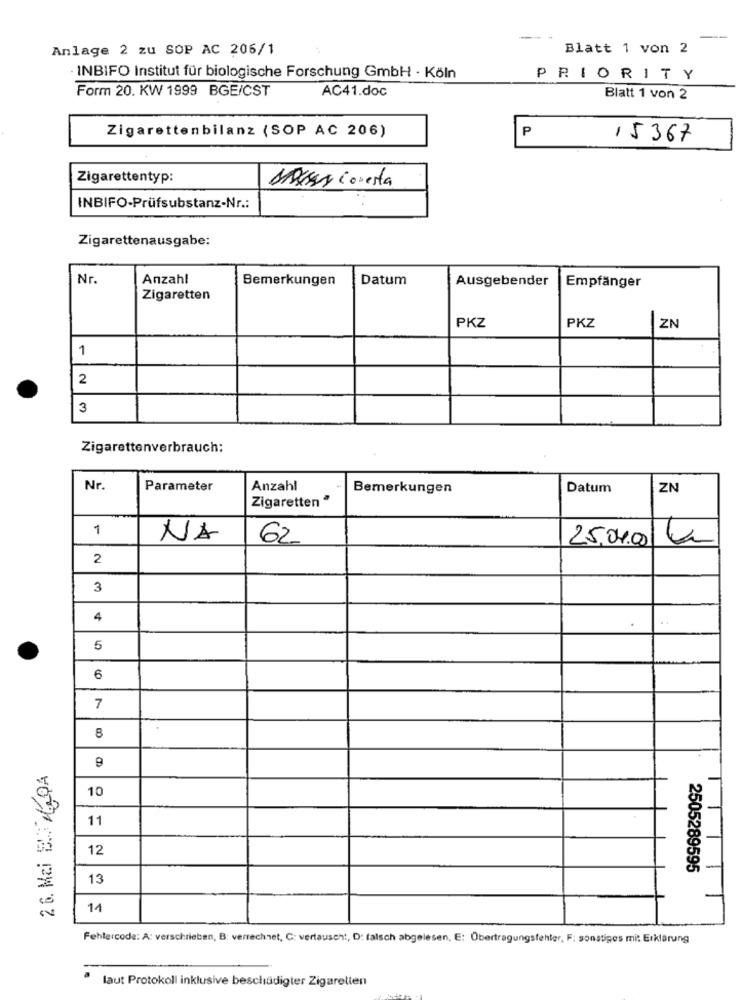
Anlage 2 zu SOP AC 206/1
Blatt 1 von 2
INBIFO Institut für biologische Forschung GmbH · Köln
PRIORITY
Form 20. KW 1999 BGE/CST
AC41.doc
Blatt 1 von 2
Zigarettenbilanz (SOP AC 206)
P
15367
Zigarettentyp:
MASsary Conesta
INBIFO-Prüfsubstanz-Nr .:
Zigarettenausgabe:
Nr.
Anzahl
Bemerkungen
Datum
Ausgebender
Empfänger
Zigaretten
PKZ
PKZ
ZN
1
2
3
Zigarettenverbrauch:
Nr.
Parameter
Anzahl
Bemerkungen
Datum
ZN
Zigaretten "
1
NA
62
25.04.06
2
3
4
5
6
7
8
9
26. Mai E 60A
10
11
12
2505289595
13
14
Fehlercode: A: verschrieben, B: verrechnet, C: vertauscht, D: falsch abgelesen, E: Übertragungsfehler, F: sonstiges mit Erklärung
laut Protokoll inklusive beschädigter Zigaretten